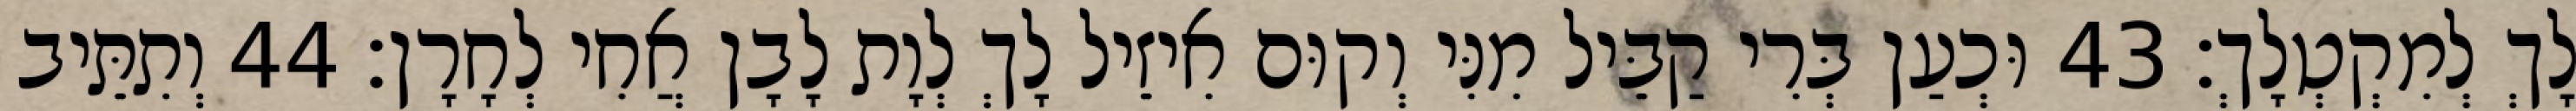
לָךְ לְמִקְטְלָךְ׃ 43 וּכְעַן בְּרִי קַבֵּיל מִנִּי וְקוּם אִיזֵיל לָךְ לְוָת לָבָן אֲחִי לְחָרָן׃ 44 וְתִתֵּיב